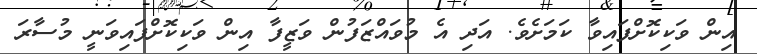
އިން ވަކިކޮށްފައިވާ ކަމަށެވެ. އަދި އެ މުވައްޒަފުން ވަޒީފާ އިން ވަކިކޮށްފައިވަނީ މުސާރަ